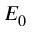
E _ { 0 }